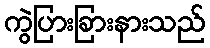
ကွဲပြားခြားနားသည်